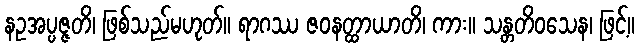
နဥအပ္ပဇ္ဇတိ၊ ဖြစ်သည်မဟုတ်။ ရာဂဿ ဇဝနတ္ထာယာတိ၊ ကား။ သန္တတိဝသေန၊ ဖြင့်။